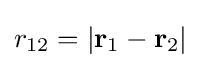
r_{12}=|\mathbf {r} _{1}-\mathbf {r} _{2}|